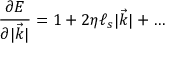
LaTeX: \frac { \partial E } { \partial | { \vec { k } } | } = 1 + 2 \eta \ell _ { s } | { \vec { k } } | + \dots